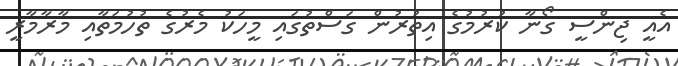
އެއީ ޖިންސީ ގޯނާ ކުރުމުގެ އިތުރުން ގަސްތުގައި މީހަކު މެރުގެ ތުހުމަތާއި މާރާމާރީ